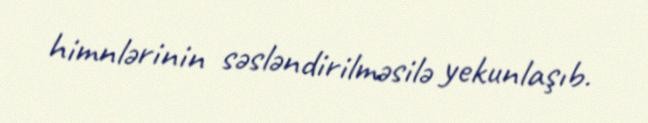
himnlərinin səsləndirilməsilə yekunlaşıb.